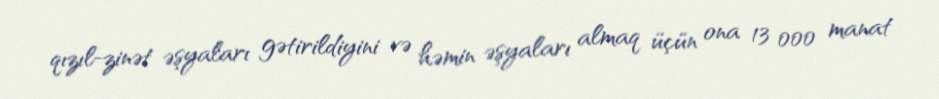
qızıl-zinət əşyaları gətirildiyini və həmin əşyaları almaq üçün ona 13 000 manat